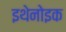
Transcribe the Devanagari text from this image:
इथेनोइक